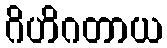
ဂိဟိဂတာယ